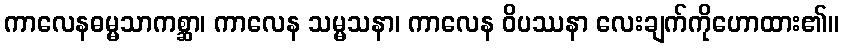
ကာလေနဓမ္မသာကစ္ဆာ၊ ကာလေန သမ္မသနာ၊ ကာလေန ဝိပဿနာ လေးချက်ကိုဟောထား၏။